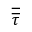
\overline { { \overline { { \tau } } } }